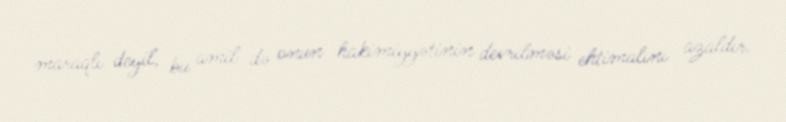
maraqlı deyil, bu amil də onun hakimiyyətinin devrilməsi ehtimalını azaldır.